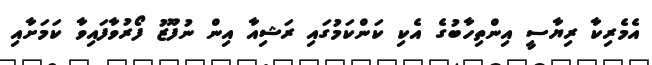
އެމެރިކާ ރިޔާސީ އިންތިހާބުގެ އެކި ކަންކަމުގައި ރަޝިއާ އިން ނުފޫޒު ފޯރުވާފައިވާ ކަމަށާއި